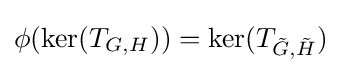
\phi (\ker(T_{G,H}))=\ker(T_{{\tilde {G}},{\tilde {H}}})